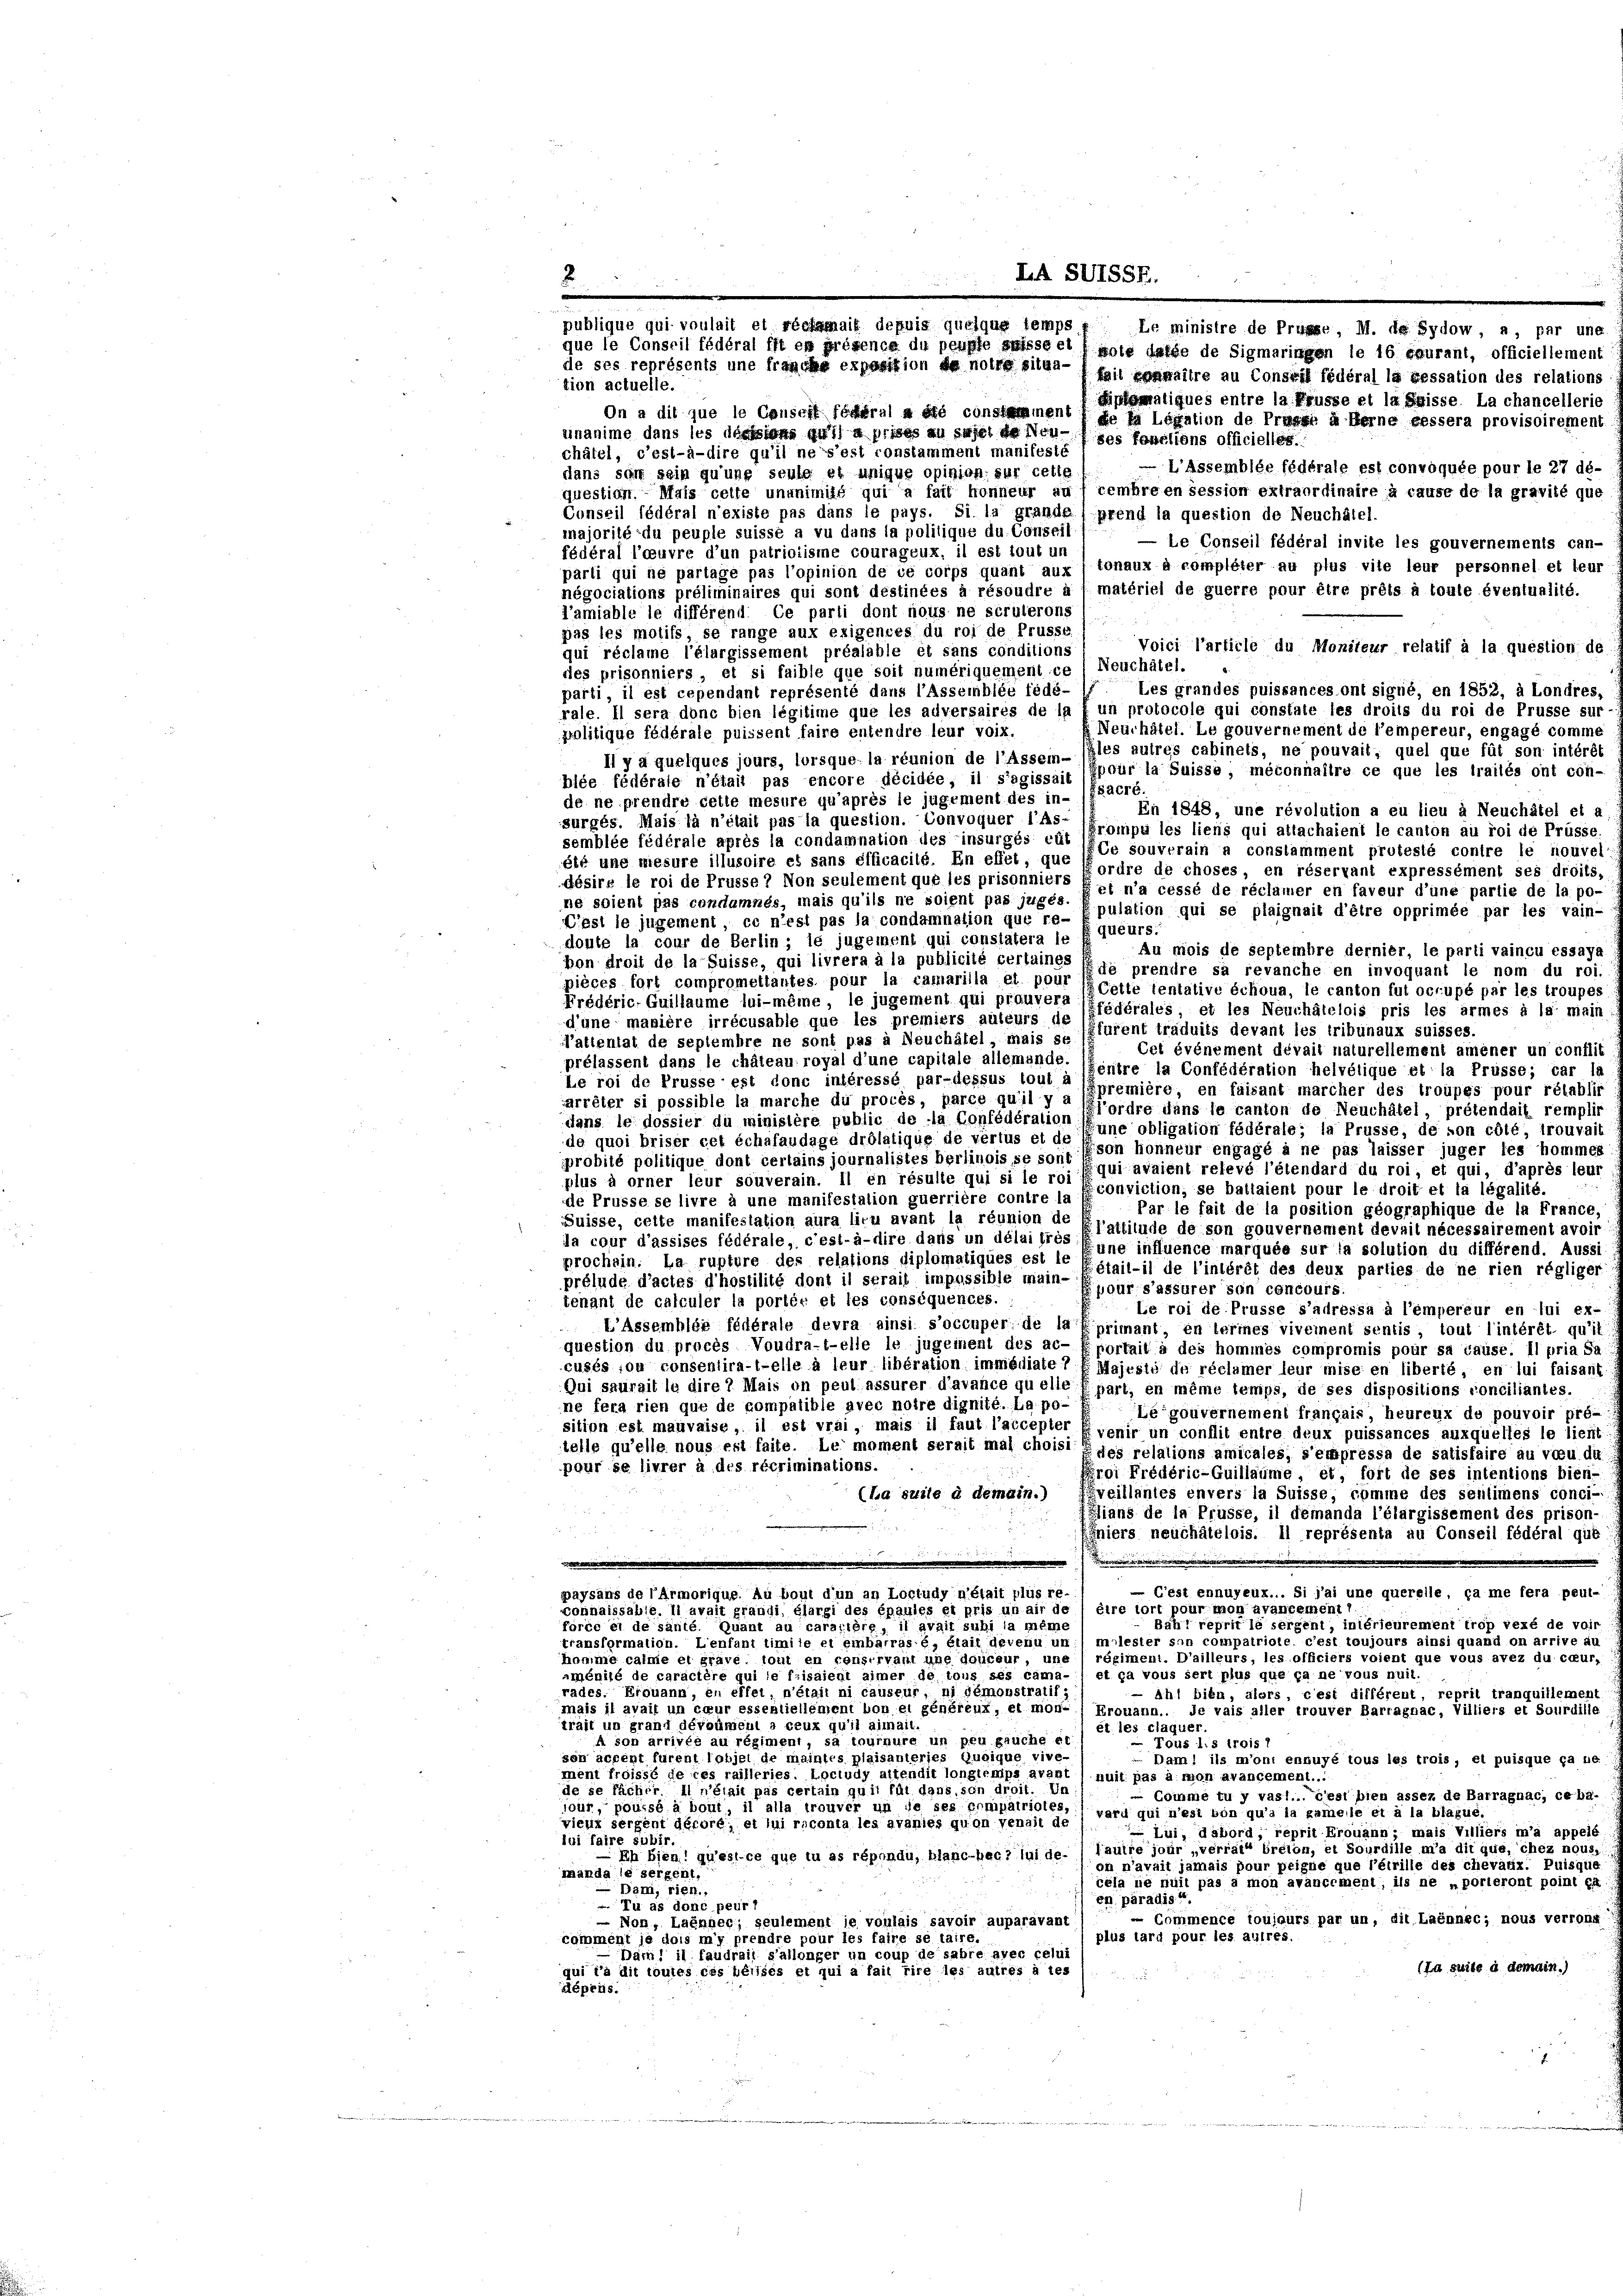
feil kommitre au Conseil fédéral la ressation des relations-
tion actuelle.
miplamatiques entre la Prusse et la Suisse. La chancellerie
On a dit que le Conseit fölleral a été constamment de la Legation de Presse à ferne bessera provisoirement
einanime dans les darisions qui a prises zu sagelde Non ses fonctions officielles
châtel, c’est-à-dire qu’il ne s’est constamment manifeste
L’Assemblée fédérale est convoquée pour le 27 dé-
dans son sein qu’ung seule et unigue opinion sur cette
cembre en session extraordinaire à cause de la gravité que
question. Mais cette unanimité qui a fait honneur au
Conseil fédéral n’existe pas dans le pays. Si la grande prend la question de Neuchâtel-
majorité du peuple suisse a vu dans la politique du Conseil
— Le Conseil fédéral invite les gouvernements can-
fédéral l’oeuvre d’un patriotisme courageux, il est tout un
tonaux à compléter au plus vite leur personnel et leur,
parli qui ne partage pas l’opinion de ce corps quant aux
négociations préliminaires qui sont destinées à résoudre à / matériel de guerre pour être prêts à toute éventualité.
d’amiable le différend Ce parti dont nous ne scrulerone
pas les motifs, se range aux exigences du roi de Prüsse,
Voici l’article du Moniteur relatif à la question de
qui réclame l’élargissement préalable et sans conditions
des prisonniers, et si faible que soit numériquement ce (Neuchâtel.
Les grandes puissances ont signé, en 1852, à Londres,
parti, il est cependant représenté dans l’assemblée fédé-
rale. Il sera donc bien légitime que les adversaires de la f un protocole qui constate les droits du roi de Prüsse sur-
Neuchâtel. Le gouvernement de l’empereur, engagé comme
politique fédérale puissent faire entendre leur voix.
Il y a quelques jours, lorsque la réunion de l’assei- (gles autres cabinets, ne pouvait; quel que fût son intérêt
hlée fédérale n’était pas encore décidée, il s’agissait pour la Suisse, méconnaître ce que les trailés ont con-
de ne prendre cette mesure qu’après le jugement des in- (ésacré.
En 1848, une révolution a eu lieu à Neuchâtel et a
surgés. Mais là n’était pas la question. Convoquer 16 (Erompu les liens qui atlachaient le canton au roi de Prüsse
semblée fédérale après la condamnation des insurgés cit
Ce souverain a conslamment protesté contre le nouvel
été une mesure illusoire es sans efficacité. En effiel, que fordre de choses, en réservant expressément ses droits,
désire le roi de Prüsse? Non seulement que les prisonniers
et n’a cessé de réclamer en faveur d’une partie de la po-
ne soient pas condamnés, mais qu’ils ne soient pas juges. Epulation qui se plaignait d’être opprimée par les vain-
C’est le jugement, ce n’est pas la condamnation que re-
doute la cour de Berlin ; le jugement qui constatera le Equéurs,
Au mois de septembre dernier, le parti vaincu essaya
bon droit de la Suisse, qui livrera à la publicité verlaines (je prendre sa revanche en invoquant le nom du roi-
pièces fort compromettantes pour la camarilla et pour cette tentative échoua, le canton fut occupé par les troupes
Frédéric- Guillaume lui-même, le jugement qui prouvers (Erödérales, et les Neuchâtelois pris les armes à la main:
d’une manière irrécusable que les premiers auteurs de séfurent traduits devant les tribunaux suisses.
Nattentat de septembre ne sont pas à Neuchâtel, mais se
Cet événement dévail naturellement amener un conflit
prélassent dans le chateau royal d’une capitale allemande.
entre la Confédération helvétique et la Prüsse; car la
Le roi de Prusse est donc intéressé par-dessus tout à
arrêter si possible la marche du procès, parce qu’il y supremière, en faisant marcher des troupes pour rétablir
dans le dossier du ministère public de la Confédération l’ordre dans le canton de Neuchâtel, prétendait remplir
une obligation fédérale; la Prüsse, de von cole, trouvait
de quoi briser cet échafaudage drolatique de verlus et de sein honneur engagé à ne pas laisser juger les hommes
probité politique dont certains journalistes beriinois se sont
plus à orner leur souverain. Il en résulte qui si le roi qui avaient relevé l’étendard du roi, et qui, d’après leur
de Prüsse se livre à une manifestation guerriere contre la feconviction, se battaient pour le droit et la légalité.
Par le fait de la position geographique de la France,
Suisse, cette manifeslation aura lieu avant la réunion de
da cour d’assises fédérale, c’est-à-dire dans un délai fres Plattiture de son gouvernement devait nécessairement avoir
eune influence marquée sur la solution du différend. Aussi
prochein. La rupture des relations diplomatiques est le ffstail-il de l’intérêt des deux parties de ne rien régliger
prélude d’actes d’hostilité dont il serait impossible main-
pour s’assurer son concours.
tenant de calculer la portée et les conséquences.
Le roi de Prüsse s’adressa à l’empereur en lui ex-
L’Assemblée fédérale devra ainsi s’occuper de la primant, en termes vivement sentis, tout l’intérêt qu’il
question du procès Voudra-t-elle le jugement des ac- Eportail à des hommes compromis pour sa cause. Il pria Sa
cusés ou conschlira-t-elle à leur libération immédiate 7 EMajeste de réclamer leur mise en liberté, en lui faisant
Qui saurait la dire 7 Mais on peul assurer d’avance quelle Epart, en même temps, de ses dispositions conciliantes.
ne fera rien que de compatible avec notre dignité. La po-
Légouvernement français, heureux de pouvoir pré-
sition est mauvaise, il est vrai, mais il faut l’accepter Evenir un conflit entre deux puissances auxquelles le lient d
teile qu’elle nous est faite. Le moment serait mal choisi e des relations amicales, s’empresse de satisfaire au von de
pour se livrer à des récriminations.
Ergi Frédéric-Guillaume, et, fort de ses intentions bien-
(La suite à demain.)
veillantes envers la Suisse, comme des sentimens conci-
ians de la Prusse, il demanda l’élargissement des prison-
Iniers neuchâtelois. Il représenta au Conseil fédéral gut
e
— C’est ennuyeux... Si l’ai une querelle, ca me fera peut-
paysans de l’Armorique. Au bout d’un an Loctudy n’était plus re-
xonnaissable li avait grandi Glargi des épaules ei pris unair des eine fort pour den avancementl
Bahr reprit le sergent, intérieurement trop vexé de voir
force ei de sante Quant au caratière, il avait suhi la même
transformation. L’enfant timiie et einbarräsé, étail devenu un ( molester son compatriole c’est toujours ainsi quand on arrive au
homme catme et grave, loui en conservant une douceur, une régiment. D’ailleurs, les officiers voient que vous avez du cour,
aménité de caractère qui le frisaient aimer de tous ses cama- 1 et ca vous sert plus que ca nevous nuit.
rades. Erouann, en effet, n’était ni causeur, ni gemonstratifi
Ahl bien, alers, c’est différent, reprit tranquillement
mais il avait un ceur essentiellement bon ei généreut, et mob- (Krouann.. de vais aller trouver Barragnac, Villiers et Sourdille
trait un grant dévoümeul a ceux qu’il aimail-
et les claquer.
A son arrivée au régiment, sa toureure un peu gauche et
Fous les trois I
son accent furent l’objel de maintes plaisanteries Quoique vive-
Daml ils moni ennuyé tous les trois, et puisque ca ue
ment froissé de ces railleries. Loctudy altendit longtemps avant / nuit pas à mon avancement...
de se fächer. Il n’était pas certain quil für dans, son droit. Un
 Comme tu y vasl... c’est bien assez de Barragnac, ceha-
jour, poussé à bout, il alla trouver un de ses ermpatrioles, ward qui n’est bon qu’a la pamele et à la blaue
vieux sergent décore, et lui reconta les avanies quon venait de
Lui, dabord, reprit Frouann; mais Villiers m’a appelé
iui faire subir.
Ich bien! gussi ce que in ss rependu, blancherleide (nuire jour „verrait freien, es Sourdille ma die aus, chez nous.
on n’avait jamais pour peigne que l’étrille des chevaux. Puisque
manda le sergent.
rasa se nuit pas à mon avancement, ils ne porteront point en
Dam, rien.,
en paradis
Tu as done peurl
 Commence toujours par un, dit Laènnec; nous verrong
— Non, Laennen; geulement je voulais savoir auparavant
plus tard pour les autres.
rament je des nur prendre pour les faire se faire
Däm: il faudrail s’allinger un coup de sabre avec celui
(Ja suite à demain.)
qui l’a dit toutes ces bélises et qui a fait rire les autres à tes
dépens.

publique qui voulait et réelsmait depuis quelque temps
que le Conseil fédéral fft es grösence du peuffe saisse et pote darde de Sigmaringen le 16 saurant, officiellement
de ses représents une franche exposition de notre sitga¬

LA SU1SSE.

Le ministre de Prüsse, M. de Sydow, a, par une